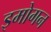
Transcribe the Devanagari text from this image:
इमोगन